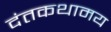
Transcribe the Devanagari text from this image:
दंतकथामय